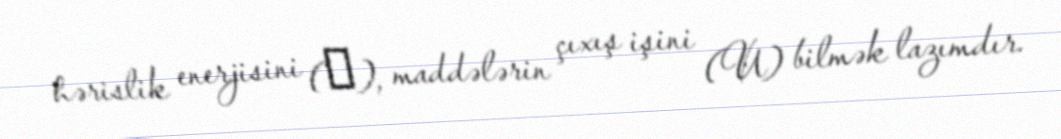
hərislik enerjisini (χ), maddələrin çıxış işini (U) bilmək lazımdır.